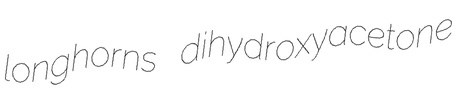
longhorns dihydroxyacetone